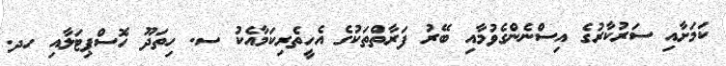
ކަމަށާއި ސަރުކާރުގެ އިސްނެންގެވުމާއި ބޭރު ފަރާތްތަކުގެ އެހީތެރިކަމާއެކު ސ. ހިތަދޫ ހޮސްޕިޓަލާއި ހދ.